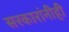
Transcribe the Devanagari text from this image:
सरकारांनीही